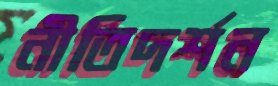
নীতিদর্শন